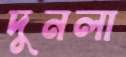
দুনলা